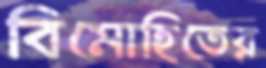
বিমোহিতের